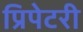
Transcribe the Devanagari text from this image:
प्रिपेटरी